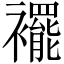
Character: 襬